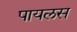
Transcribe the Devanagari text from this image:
पायलस